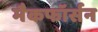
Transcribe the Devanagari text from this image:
मैकफॉर्सन